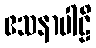
ဧသနာပါဠိ